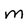
Character: m